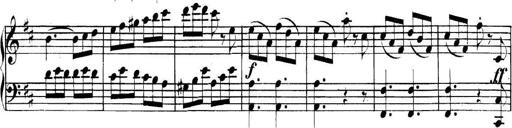
Title: Collected Piano Sonatas
Composer: Muzio Clementi